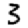
Digit: 3